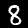
Label: 8